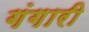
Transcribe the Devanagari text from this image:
गंगारी